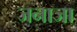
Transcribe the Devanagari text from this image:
जनाजा